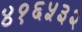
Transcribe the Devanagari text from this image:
४१६५३२